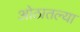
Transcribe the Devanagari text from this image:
ओठातल्या